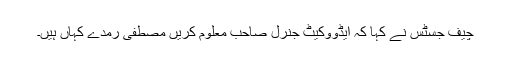
چیف جسٹس نے کہا کہ ایڈووکیٹ جنرل صاحب معلوم کریں مصطفی رمدے کہاں ہیں۔